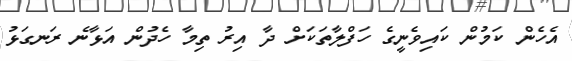
އެހެން ކަމުން ކައިވެނީގެ ހަފްލާތަކަށް ދާ އިރު ތިމާ ހެދުން އަޅާނެ ރަނގަޅު